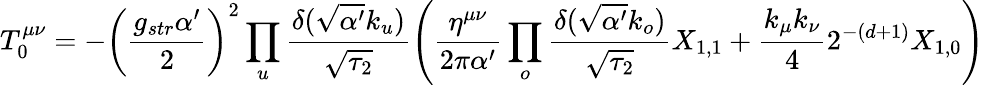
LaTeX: T_{0}^{\mu\nu}=-\left(\frac{g_{str}\alpha^{\prime}}{2}\right)^{2}\prod_{u}\frac{\delta(\sqrt{\alpha^{\prime}}k_{u})}{\sqrt{\tau_{2}}}\left(\frac{\eta^{\mu\nu}}{2\pi\alpha^{\prime}}\prod_{o}\frac{\delta(\sqrt{\alpha^{\prime}}k_{o})}{\sqrt{\tau_{2}}}X_{1,1}+\frac{k_{\mu}k_{\nu}}{4}2^{-(d+1)}X_{1,0}\right)